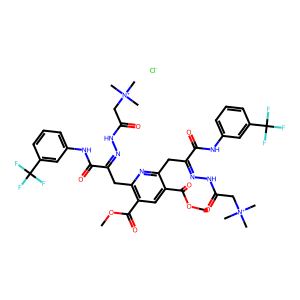
SMILES: COC(=O)c1cc(C(=O)OC)c(CC(=NNC(=O)C[N+](C)(C)C)C(=O)Nc2cccc(C(F)(F)F)c2)nc1CC(=NNC(=O)C[N+](C)(C)C)C(=O)Nc1cccc(C(F)(F)F)c1.[Cl-]
Inhibits HIV replication: No